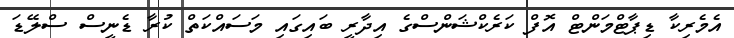
އެމެރިކާ ޑިޕާޓްމަންޓް އޮފް ކަރެކްޝަންސްގެ އިދާރީ ބައިގައި މަސައްކަތް ކުރާ ޑެނީސް ސްލޭޑަ